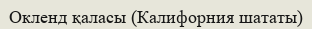
Окленд қаласы (Калифорния шататы)